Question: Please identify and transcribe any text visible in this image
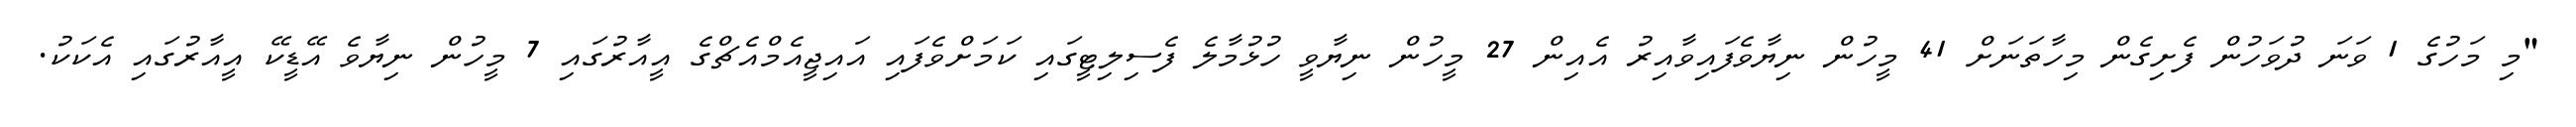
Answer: "މި މަހުގެ 1 ވަނަ ދުވަހުން ފެށިގެން މިހާތަނަށް 41 މީހުން ނިޔާވެފައިވާއިރު އެއިން 27 މީހުން ނިޔާވީ ހުޅުމާލެ ފެސިލިޓީގައި ކަމަށްވެފައި އައިޖީއެމްއެޗްގެ އީއާރުގައި 7 މީހުން ނިޔާވެ އޭޑީކޭ އީއާރުގައި އެކަކު.